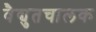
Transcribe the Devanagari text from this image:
वैद्युतचालक